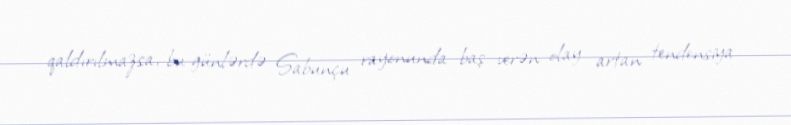
qaldırılmazsa, bu günlərdə Sabunçu rayonunda baş verən olay artan tendensiya